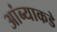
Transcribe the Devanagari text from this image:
आंब्याकडे